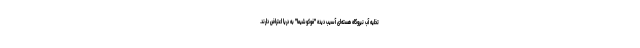
تخلیه آب نیروگاه هسته‌ای آسیب دیده "فوکوشیما" به دریا اعتراض دارند.